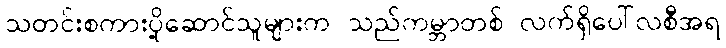
သတင်းစကားပို့ဆောင်သူများက သည်ကမ္ဘာတစ် လက်ရှိပေါ်လစီအရ